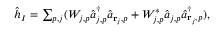
\begin{array} { r } { \hat { h } _ { I } = \sum _ { p , j } ( W _ { j , p } \hat { a } _ { j , p } ^ { \dagger } \hat { a } _ { { \bf r } _ { j } , p } + W _ { j , p } ^ { * } \hat { a } _ { j , p } \hat { a } _ { { \bf r } _ { j } , p } ^ { \dagger } ) , } \end{array}